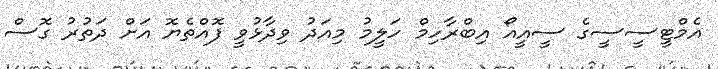
އެމްޓީސީސީގެ ސީއީއޯ އިބްރާހިމް ހަލީމު މިއަދު ވިދާޅުވީ ފޮއްތެޔޮ އަށް ދަތުރު ގޮސް